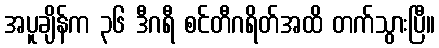
အပူချိန်က ၃၆ ဒီဂရီ စင်တီဂရိတ်အထိ တက်သွားပြီ။